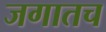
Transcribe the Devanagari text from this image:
जगातच